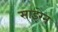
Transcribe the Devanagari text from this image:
साइरेन